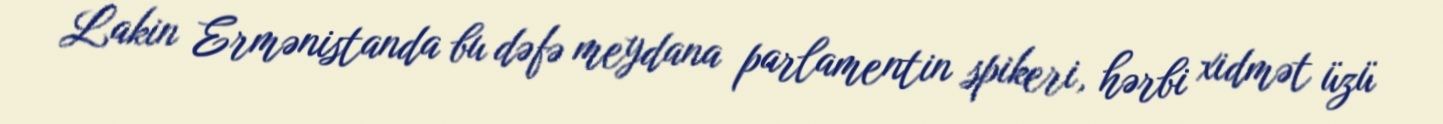
Lakin Ermənistanda bu dəfə meydana parlamentin spikeri, hərbi xidmət üzü